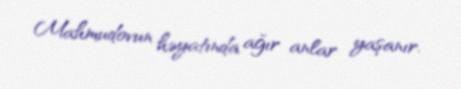
Mahmudovun həyatında ağır anlar yaşanır.